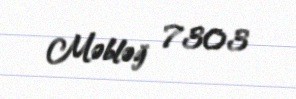
Məbləğ 7303